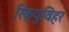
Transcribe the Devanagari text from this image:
रिक्युविहर